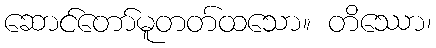
ဆောင်တော်မူတတ်ထသော။ တိဿော၊